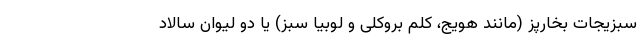
سبزیجات بخارپز (مانند هویج، کلم بروکلی و لوبیا سبز) یا دو لیوان سالاد